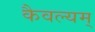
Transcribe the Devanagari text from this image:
कैवल्यम्